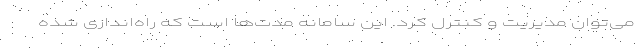
می‌توان مدیریت و کنترل کرد. این سامانه مدت‌ها است که راه‌اندازی شده